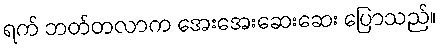
ရက် ဘတ်တလာက အေးအေးဆေးဆေး ပြောသည်။